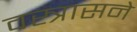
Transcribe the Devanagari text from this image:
वस्त्रासने